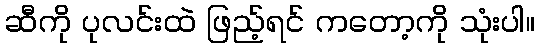
ဆီကို ပုလင်းထဲ ဖြည့်ရင် ကတော့ကို သုံးပါ။